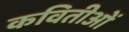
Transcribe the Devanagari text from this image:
कवितीओं